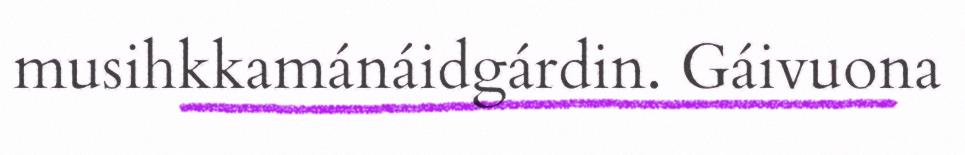
musihkkamánáidgárdin. Gáivuona